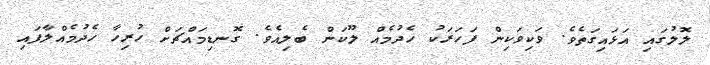
ލޮލުގައި އަޅައިގަތެވެ. ވަކިވަކިން ފަހަރަކު ހެދުމެއް ލޫކަން ބެލިއެވެ. ގޮނޑިމައްޗަށް ހުރިހާ ހެދުމެއްލާފައި